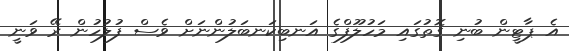
އެ ޕާޓީން ބުނި ގޮތުގައި މަހުލޫފްގެ އަނބިކަނބަލުންނަށް ވެސް ފުލުހުން ރޭ ވަނީ